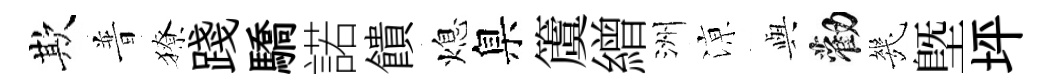
欺普獠踐驕諾饋熄臬𥵂繒洲鿌𫤰勸㡬塈坪